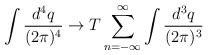
LaTeX: \begin{align*}\int \frac{d^{4}q}{(2\pi)^{4}} \rightarrow T\sum_{n=-\infty}^{\infty}\int \frac{d^{3}q}{(2\pi)^{3}}\end{align*}